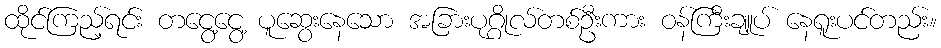
ထိုင်ကြည့်ရင်း တငွေ့ငွေ့ ပူဆွေးနေသော အခြားပုဂ္ဂိုလ်တစ်ဦးကား ဝန်ကြီးချူပ် နေရူးပင်တည်း။